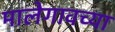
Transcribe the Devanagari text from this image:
मालेगावच्या